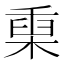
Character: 𣖄